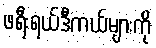
ဖရီးရယ်ဒီကယ်များကို